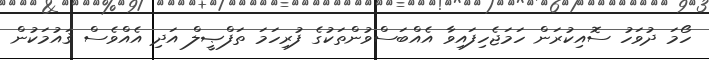
ހޯމަ ދުވަހު ސޮއިކުރަން ހަމަޖެހިފައިވާ އެއްބަސްވުންތަކުގެ ފުރިހަމަ ތަފްޞީލް އަދި އެއްވެސް ޤައުމަކުން